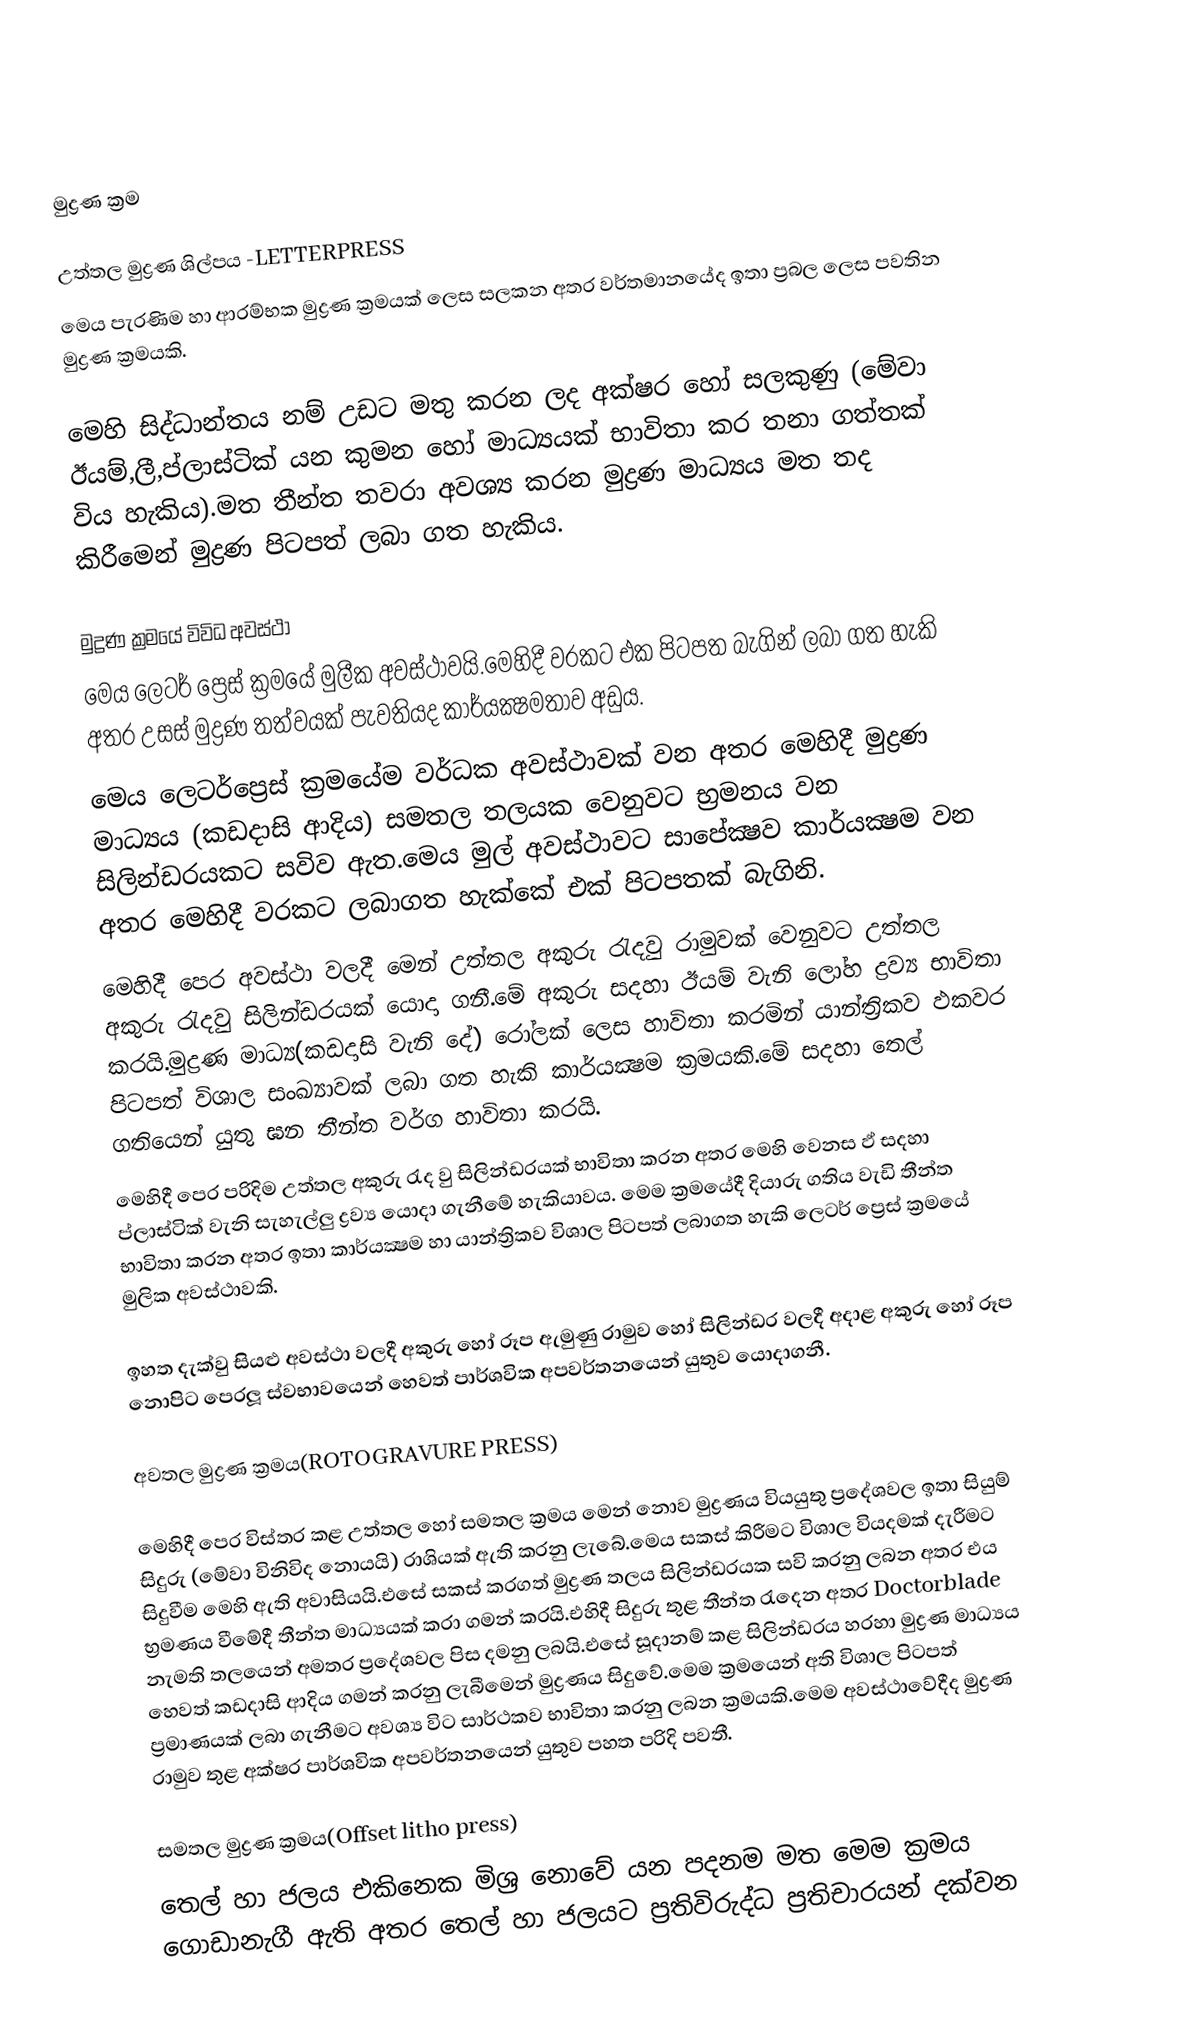

මුද්‍රණ ක්‍රම

උත්තල මුද්‍රණ ශිල්පය  -LETTERPRESS
	මෙය පැරණිම හා ආරම්භක මුද්‍රණ ක්‍රමයක් ලෙස සලකන අතර වර්තමානයේද ඉතා ප්‍රබල ලෙස පවතින මුද්‍රණ ක්‍රමයකි.

මෙහි සිද්ධාන්තය නම් උඩට මතු කරන ලද අක්ෂර හෝ සලකුණු (මේවා ඊයම්,ලී,ප්ලාස්ටික් යන කුමන හෝ මාධ්‍යයක් භාවිතා කර තනා ගත්තක් විය හැකිය).මත තීන්ත තවරා අවශ්‍ය කරන මුද්‍රණ මාධ්‍යය මත තද කිරීමෙන් මුද්‍රණ පිටපත් ලබා ගත හැකිය.

මුද්‍රණ ක්‍රමයේ විවිධ අවස්ථා
මෙය ලෙටර් ප්‍රෙස් ක්‍රමයේ මුලීක අවස්ථාවයි.මෙහිදී වරකට එක පිටපත බැගින් ලබා ගත හැකි අතර උසස් මුද්‍රණ තත්වයක් පැවති‍යද කාර්යක්‍ෂමතාව අඩුය.
මෙය ලෙටර්ප්‍රෙස් ක්‍රමයේම වර්ධක අවස්ථාවක් වන අතර මෙහිදී මුද්‍රණ මාධ්‍යය (කඩදාසි ආදිය) සමතල තලයක වෙනුවට භ්‍රමනය වන සිලින්ඩරයකට සවිව ඇත.මෙය මුල් අවස්ථාවට සාපේක්‍ෂව කාර්යක්‍ෂම වන අතර මෙහිදී වරකට ලබාගත හැක්කේ එක් පිටපතක් බැගිනි.
මෙහිදී පෙර අවස්ථා වලදී මෙන් උත්තල අකුරු රැදවු රාමුවක් වෙනුවට උත්තල අකුරු රැදවු සිලින්ඩරයක් යොදා ගනී.මේ අකුරු සදහා ඊයම් වැනි ලෝහ ද්‍රව්‍ය භාවිතා කරයි.මුද්‍රණ මාධ්‍ය(කඩදාසි වැනි දේ) රෝලක් ලෙස හාවිතා කරමින් යාන්ත්‍රිකව ඵකවර පිටපත් විශාල සංඛ්‍යාවක් ලබා ගත හැකි කාර්යක්‍ෂම ක්‍රමයකි.මේ සදහා තෙල් ගතියෙන් යුතු ඝන තීන්ත වර්ග හාවිතා කරයි.
මෙහිදී පෙර පරිදිම උත්තල අකුරු රැද වු සිලින්ඩරයක් භාවිතා කරන අතර මෙහි වෙනස ඵ් සදහා ප්ලාස්ටික් වැනි සැහැල්ලු ද්‍රව්‍ය යොදා ගැනීමේ හැකියාවය. මෙම ක්‍රමයේදී දියාරු ගතිය වැඩි තීන්ත භාවිතා කරන අතර ඉතා කාර්යක්‍ෂම හා යාන්ත්‍රිකව විශාල පිටපත් ලබාගත හැකි ලෙටර් ප්‍රෙස් ක්‍රමයේ මුලික අවස්ථාවකි.

ඉහත දැක්වු සියළු අවස්ථා වලදී අකුරු හෝ රූප ඇමුණු රාමුව හෝ සිලින්ඩර වලදී අදාළ අකුරු හෝ රූප නොපිට පෙරලූ ස්වභාවයෙන් හෙවත් පාර්ශවික අපවර්තනයෙන් යුතුව යොදාගනී.

අවතල මුද්‍රණ ක්‍රම‍ය(ROTOGRAVURE PRESS)

මෙහිදී පෙර විස්තර කළ උත්තල හෝ සමතල ක්‍රම‍ය මෙන් නොව මුද්‍රණය වියයුතු ප්‍රදේශවල ඉතා සියුම් සිදුරු (මේවා විනිවිද නොයයි) රාශියක් ඇති කරනු ලැබේ.මෙය සකස් කිරීමට විශාල වියදමක් දැරීමට සිදුවීම මෙහි ඇති අවාසියයි.එසේ සකස් කරගත් මුද්‍රණ තලය සිලින්ඩරයක සවි කරනු ලබන අතර එය භ්‍රමණය වීමේදී තීන්ත මාධ්‍යයක් කරා ගමන් කරයි.එහිදී සිදුරු තුළ තීන්ත රැදෙන අතර Doctorblade නැමති තලයෙන් අමතර ප්‍රදේශවල පිස දමනු ලබයි.එසේ සූදානම් කළ සිලින්ඩරය හරහා මුද්‍රණ මාධ්‍යය හෙවත් කඩදාසි ආදිය ගමන් කරනු ලැබීමෙන් මුද්‍රණය සිදුවේ.මෙම ක්‍රමයෙන් අති විශාල පිටපත් ප්‍රමාණයක් ලබා ගැනීමට අවශ්‍ය විට සාර්ථකව භාවිතා කරනු ලබන ක්‍රමයකි.මෙම අවස්ථාවේදීද මුද්‍රණ රාමුව තුළ අක්ෂර පාර්ශවික අපවර්තනයෙන් යුතුව පහත පරිදි පවතී.

සමතල මුද්‍රණ ක්‍රමය(Offset litho press)
තෙල් හා ජලය එකිනෙක මිශ්‍ර නොවේ යන පදනම මත මෙම ක්‍රමය ගොඩානැගී ඇති අතර තෙල් හා ජලයට ප්‍රතිවිරුද්ධ ප්‍රතිචාරයන් දක්වන